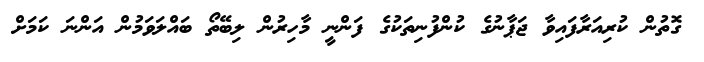
ގޮތުން ކުރިއަރާފައިވާ ޖަޕާނުގެ ކުންފުނިތަކުގެ ފަންނީ މާހިރުން ލިބޭތޯ ބައްލަވަމުން އަންނަ ކަމަށް